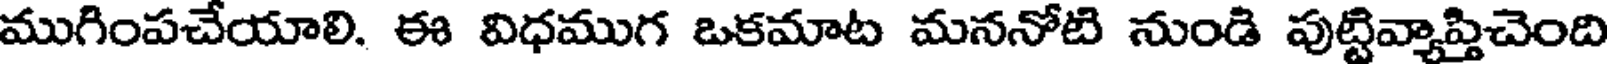
ముగింపచేయాలి. ఈ విధముగ ఒకమాట మననోటి నుండి పుట్టివ్యాప్తిచెంది